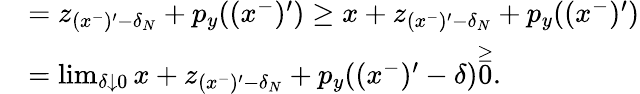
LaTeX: \begin{array}{rl}&{=z_{(x^{-})^{\prime}-\delta_{N}}+p_{y}((x^{-})^{\prime})\geq x+z_{(x^{-})^{\prime}-\delta_{N}}+p_{y}((x^{-})^{\prime})}\\ &{=\operatorname*{lim}_{\delta\downarrow 0}x+z_{(x^{-})^{\prime}-\delta_{N}}+p_{y}((x^{-})^{\prime}-\delta)\overset{\geq}0.}\end{array}